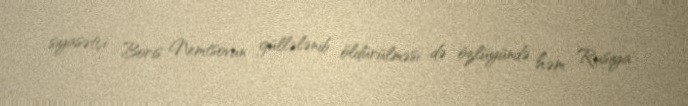
siyasətçi Boris Nemtsovun güllələnib öldürülməsi də özlüyündə həm Rusiya